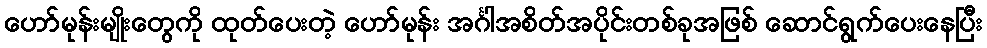
ဟော်မုန်းမျိုးတွေကို ထုတ်ပေးတဲ့ ဟော်မုန်း အင်္ဂါအစိတ်အပိုင်းတစ်ခုအဖြစ် ဆောင်ရွက်ပေးနေပြီး